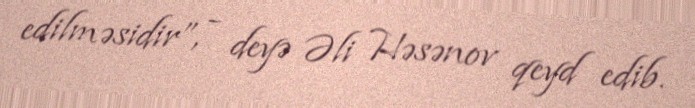
edilməsidir”, - deyə Əli Həsənov qeyd edib.